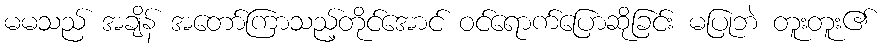
မမသည် အချိန် အတော်ကြာသည့်တိုင်အောင် ဝင်ရောက်ပြောဆိုခြင်း မပြုဘဲ တူးတူး၏